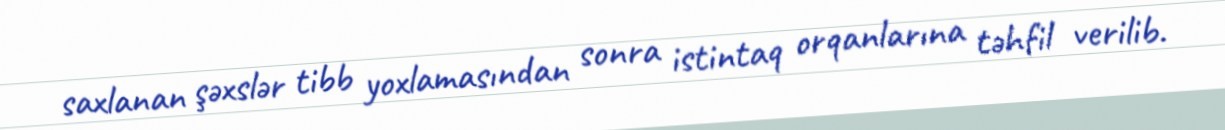
saxlanan şəxslər tibb yoxlamasından sonra istintaq orqanlarına təhfil verilib.